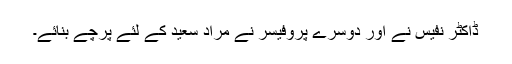
ڈاکٹر نفیس نے اور دوسرے پروفیسر نے مراد سعید کے لئے پرچے بنائے۔